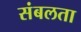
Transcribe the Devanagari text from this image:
संबलता